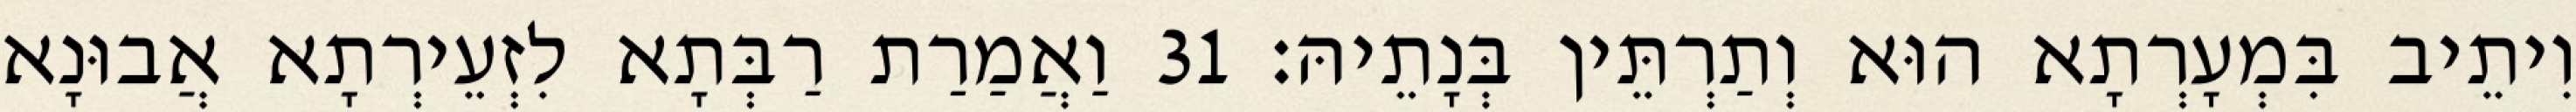
וִיתֵיב בִּמְעָרְתָא הוּא וְתַרְתֵּין בְּנָתֵיהּ׃ 31 וַאֲמַרַת רַבְּתָא לִזְעֵירְתָא אֲבוּנָא